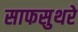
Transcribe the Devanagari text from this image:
साफसुथरे